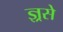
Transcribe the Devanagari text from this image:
ज्ञ्रसे